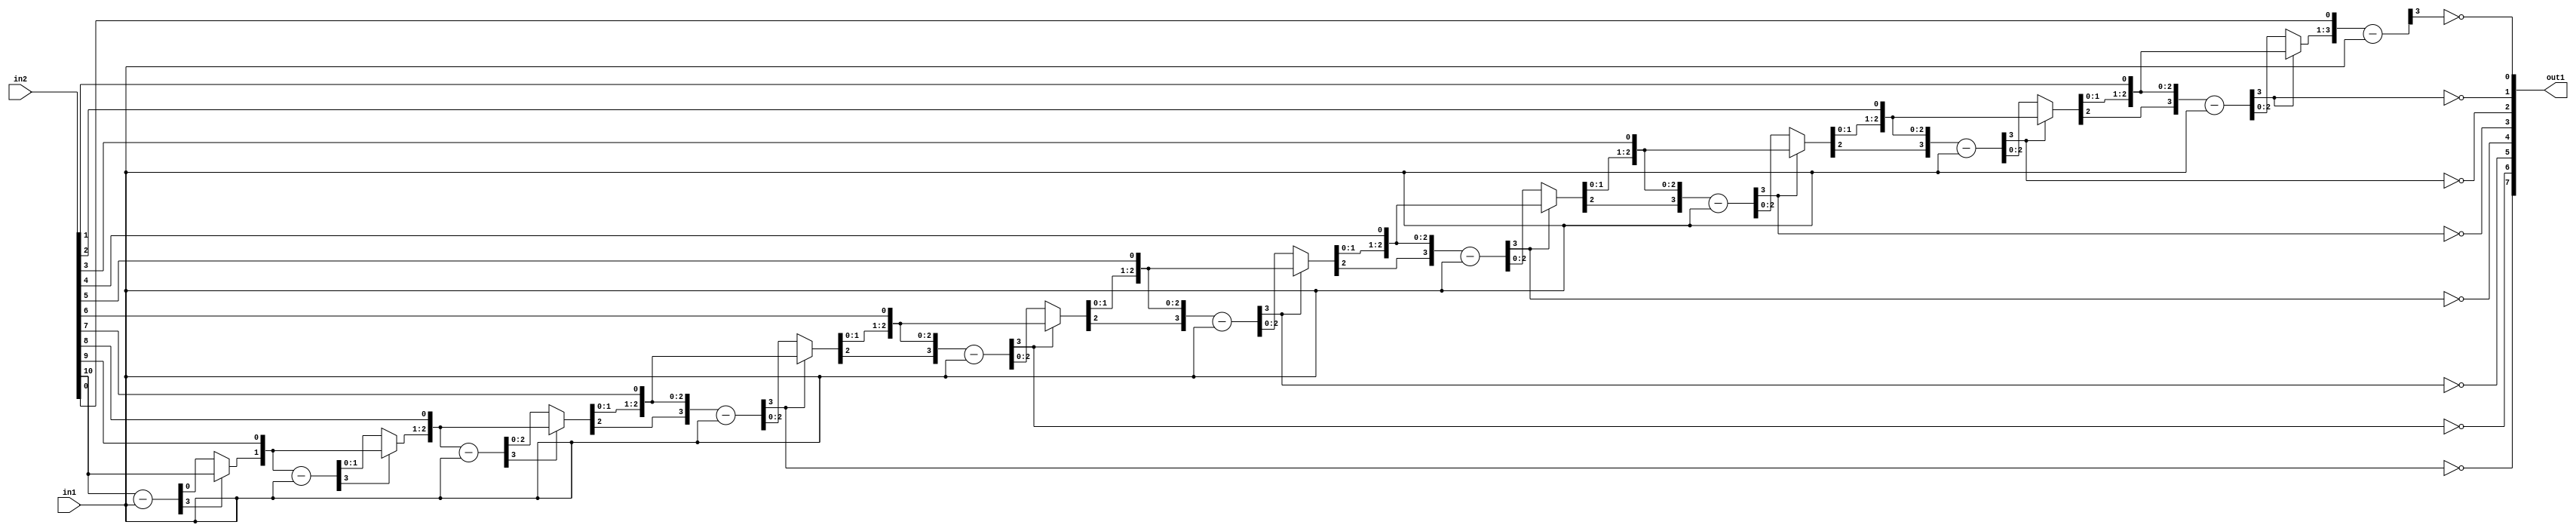
`timescale 1ps / 1ps
/*****************************************************************************
    Verilog RTL Description
    
    
    Created by: Stratus DpOpt 21.05.01 
*******************************************************************************/

module Filter_Div_11Ux3U_8U_1 (
	in2,
	in1,
	out1
	); /* architecture "behavioural" */ 
input [10:0] in2;
input [2:0] in1;
output [7:0] out1;
wire [7:0] asc001_0;
wire [3:0] in2_1;
wire [0:0] in2_2;
wire [3:0] in2_4;
wire [1:0] in2_5;
wire [3:0] in2_7;
wire [2:0] in2_8;
wire [3:0] in2_10,
	in2_11,
	in2_13;
wire [4:0] in2_14;
wire [3:0] in2_16;
wire [5:0] in2_17;
wire [3:0] in2_19;
wire [6:0] in2_20;
wire [3:0] in2_22;
wire [7:0] in2_23;
wire [3:0] in2_25;
wire [8:0] in2_26;
wire [3:0] in2_28;
wire [9:0] in2_29;
wire [10:0] in2_30;
wire [3:0] in2_31;
wire [1:0] in2_3_0,
	in2_3_1;
wire [2:0] in2_6_0,
	in2_6_1;
wire [3:0] in2_9_0,
	in2_9_1;
wire [4:0] in2_12_0,
	in2_12_1;
wire [5:0] in2_15_0,
	in2_15_1;
wire [6:0] in2_18_0,
	in2_18_1;
wire [7:0] in2_21_0,
	in2_21_1;
wire [8:0] in2_24_0,
	in2_24_1;
wire [9:0] in2_27_0,
	in2_27_1;

wire [3:0] in2_1_tmp_0;
assign in2_1_tmp_0 = 
	+(in2[10]);
assign in2_1 = in2_1_tmp_0
	-(in1);

reg [0:0] in2_2_tmp_1;
assign in2_2 = in2_2_tmp_1;
always @ (in2_1[3] or in2_1[0] or in2[10]) begin
	case (in2_1[3])
		1'B0 : in2_2_tmp_1 = in2_1[0] ;
		default : in2_2_tmp_1 = in2[10] ;
	endcase
end

assign in2_3_0 = {in2_2,in2[9]};

assign in2_3_1 = {in2_2,in2[9]};

wire [3:0] in2_4_tmp_2;
assign in2_4_tmp_2 = 
	+(in2_3_1);
assign in2_4 = in2_4_tmp_2
	-(in1);

reg [1:0] in2_5_tmp_3;
assign in2_5 = in2_5_tmp_3;
always @ (in2_4[3] or in2_4[1:0] or in2_3_0) begin
	case (in2_4[3])
		1'B0 : in2_5_tmp_3 = in2_4[1:0] ;
		default : in2_5_tmp_3 = in2_3_0 ;
	endcase
end

assign in2_6_0 = {in2_5,in2[8]};

assign in2_6_1 = {in2_5,in2[8]};

wire [3:0] in2_7_tmp_4;
assign in2_7_tmp_4 = 
	+(in2_6_1);
assign in2_7 = in2_7_tmp_4
	-(in1);

reg [2:0] in2_8_tmp_5;
assign in2_8 = in2_8_tmp_5;
always @ (in2_7[3] or in2_7[2:0] or in2_6_0) begin
	case (in2_7[3])
		1'B0 : in2_8_tmp_5 = in2_7[2:0] ;
		default : in2_8_tmp_5 = in2_6_0 ;
	endcase
end

assign in2_9_0 = {in2_8,in2[7]};

assign in2_9_1 = {in2_8,in2[7]};

wire [3:0] in2_10_tmp_6;
assign in2_10_tmp_6 = 
	+(in2_9_1);
assign in2_10 = in2_10_tmp_6
	-(in1);

assign asc001_0[7] = ~in2_10[3];

reg [3:0] in2_11_tmp_7;
assign in2_11 = in2_11_tmp_7;
always @ (in2_10[3] or in2_10 or in2_9_0) begin
	case (in2_10[3])
		1'B0 : in2_11_tmp_7 = in2_10 ;
		default : in2_11_tmp_7 = in2_9_0 ;
	endcase
end

assign in2_12_0 = {in2_11,in2[6]};

assign in2_12_1 = {in2_11,in2[6]};

wire [3:0] in2_13_tmp_8;
assign in2_13_tmp_8 = 
	+(in2_12_1[3:0]);
assign in2_13 = in2_13_tmp_8
	-(in1);

assign asc001_0[6] = ~in2_13[3];

reg [4:0] in2_14_tmp_9;
assign in2_14 = in2_14_tmp_9;
always @ (in2_13[3] or in2_13 or in2_12_0) begin
	case (in2_13[3])
		1'B0 : in2_14_tmp_9 = in2_13 ;
		default : in2_14_tmp_9 = in2_12_0 ;
	endcase
end

assign in2_15_0 = {in2_14,in2[5]};

assign in2_15_1 = {in2_14,in2[5]};

wire [3:0] in2_16_tmp_10;
assign in2_16_tmp_10 = 
	+(in2_15_1[3:0]);
assign in2_16 = in2_16_tmp_10
	-(in1);

assign asc001_0[5] = ~in2_16[3];

reg [5:0] in2_17_tmp_11;
assign in2_17 = in2_17_tmp_11;
always @ (in2_16[3] or in2_16 or in2_15_0) begin
	case (in2_16[3])
		1'B0 : in2_17_tmp_11 = in2_16 ;
		default : in2_17_tmp_11 = in2_15_0 ;
	endcase
end

assign in2_18_0 = {in2_17,in2[4]};

assign in2_18_1 = {in2_17,in2[4]};

wire [3:0] in2_19_tmp_12;
assign in2_19_tmp_12 = 
	+(in2_18_1[3:0]);
assign in2_19 = in2_19_tmp_12
	-(in1);

assign asc001_0[4] = ~in2_19[3];

reg [6:0] in2_20_tmp_13;
assign in2_20 = in2_20_tmp_13;
always @ (in2_19[3] or in2_19 or in2_18_0) begin
	case (in2_19[3])
		1'B0 : in2_20_tmp_13 = in2_19 ;
		default : in2_20_tmp_13 = in2_18_0 ;
	endcase
end

assign in2_21_0 = {in2_20,in2[3]};

assign in2_21_1 = {in2_20,in2[3]};

wire [3:0] in2_22_tmp_14;
assign in2_22_tmp_14 = 
	+(in2_21_1[3:0]);
assign in2_22 = in2_22_tmp_14
	-(in1);

assign asc001_0[3] = ~in2_22[3];

reg [7:0] in2_23_tmp_15;
assign in2_23 = in2_23_tmp_15;
always @ (in2_22[3] or in2_22 or in2_21_0) begin
	case (in2_22[3])
		1'B0 : in2_23_tmp_15 = in2_22 ;
		default : in2_23_tmp_15 = in2_21_0 ;
	endcase
end

assign in2_24_0 = {in2_23,in2[2]};

assign in2_24_1 = {in2_23,in2[2]};

wire [3:0] in2_25_tmp_16;
assign in2_25_tmp_16 = 
	+(in2_24_1[3:0]);
assign in2_25 = in2_25_tmp_16
	-(in1);

assign asc001_0[2] = ~in2_25[3];

reg [8:0] in2_26_tmp_17;
assign in2_26 = in2_26_tmp_17;
always @ (in2_25[3] or in2_25 or in2_24_0) begin
	case (in2_25[3])
		1'B0 : in2_26_tmp_17 = in2_25 ;
		default : in2_26_tmp_17 = in2_24_0 ;
	endcase
end

assign in2_27_0 = {in2_26,in2[1]};

assign in2_27_1 = {in2_26,in2[1]};

wire [3:0] in2_28_tmp_18;
assign in2_28_tmp_18 = 
	+(in2_27_1[3:0]);
assign in2_28 = in2_28_tmp_18
	-(in1);

assign asc001_0[1] = ~in2_28[3];

reg [9:0] in2_29_tmp_19;
assign in2_29 = in2_29_tmp_19;
always @ (in2_28[3] or in2_28 or in2_27_0) begin
	case (in2_28[3])
		1'B0 : in2_29_tmp_19 = in2_28 ;
		default : in2_29_tmp_19 = in2_27_0 ;
	endcase
end

assign in2_30 = {in2_29,in2[0]};

wire [3:0] in2_31_tmp_20;
assign in2_31_tmp_20 = 
	+(in2_30[3:0]);
assign in2_31 = in2_31_tmp_20
	-(in1);

assign asc001_0[0] = ~in2_31[3];

assign out1 = asc001_0;
endmodule

/* CADENCE  vrL2Swje : u9/ySxbfrwZIxEzHVQQV8Q== ** DO NOT EDIT THIS LINE ******/